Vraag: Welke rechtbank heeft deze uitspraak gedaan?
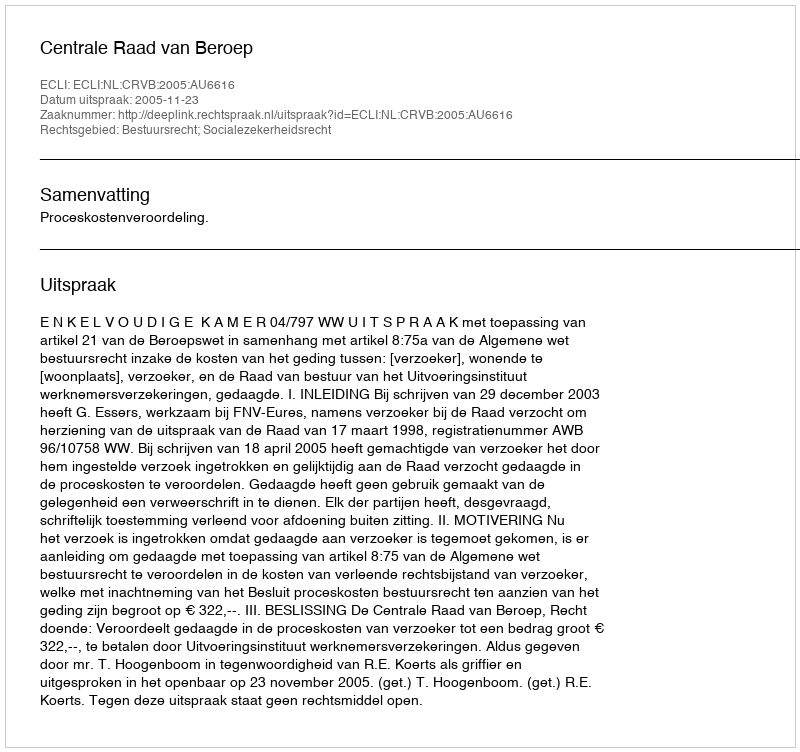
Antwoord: Centrale Raad van Beroep